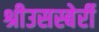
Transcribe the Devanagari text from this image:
श्रीउसस्बेर्री